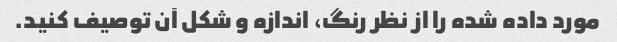
مورد داده شده را از نظر رنگ، اندازه و شکل آن توصیف کنید.